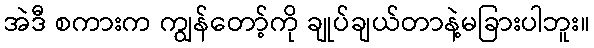
အဲဒီ စကားက ကျွန်တော့်ကို ချုပ်ချယ်တာနဲ့မခြားပါဘူး။